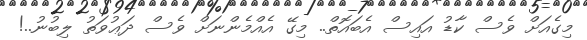
މިގެއަށް ވެސް ކާޑު އައިސް އެބައޮތް.. މިގޭ އެއްމެންނަށް ވެސް ދަޢުވަތު ލިބުނު..!